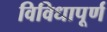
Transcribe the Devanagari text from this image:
विविधापूर्ण